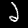
Digit: 2